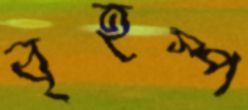
বৃহস্প